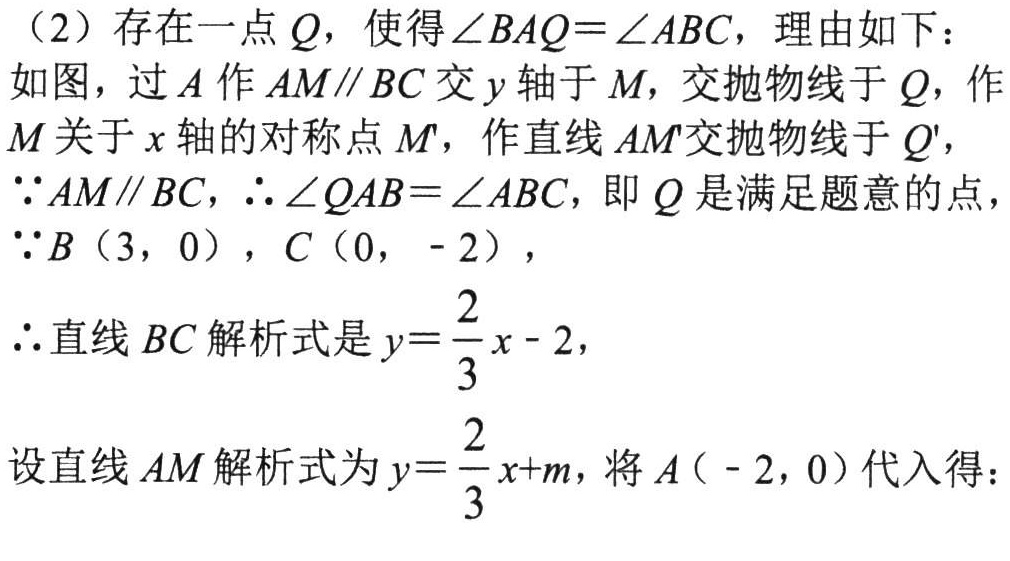
（2）存在一点\(Q\)，使得\(\angle BAQ = \angle ABC\)，理由如下：
如图，过\(A\)作\(AM\parallel BC\)交\(y\)轴于\(M\)，交抛物线于\(Q\)，作\(M\)关于\(x\)轴的对称点\(M'\)，作直线\(AM'\)交抛物线于\(Q'\)，
\(\because AM\parallel BC\)，\(\therefore \angle QAB = \angle ABC\)，即\(Q\)是满足题意的点，
\(\because B(3,0)\)，\(C(0,-2)\)，
\(\therefore\)直线\(BC\)解析式是\(y = \frac{2}{3}x - 2\)，
\(\therefore\)设直线\(AM\)解析式为\(y = \frac{2}{3}x + m\)，将\(A(-2,0)\)代入得：